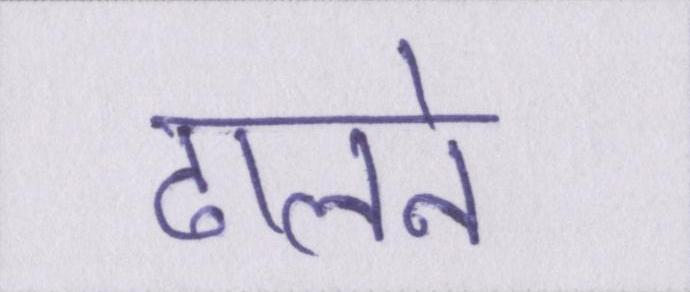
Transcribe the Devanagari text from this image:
ढालने